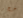
جنجر